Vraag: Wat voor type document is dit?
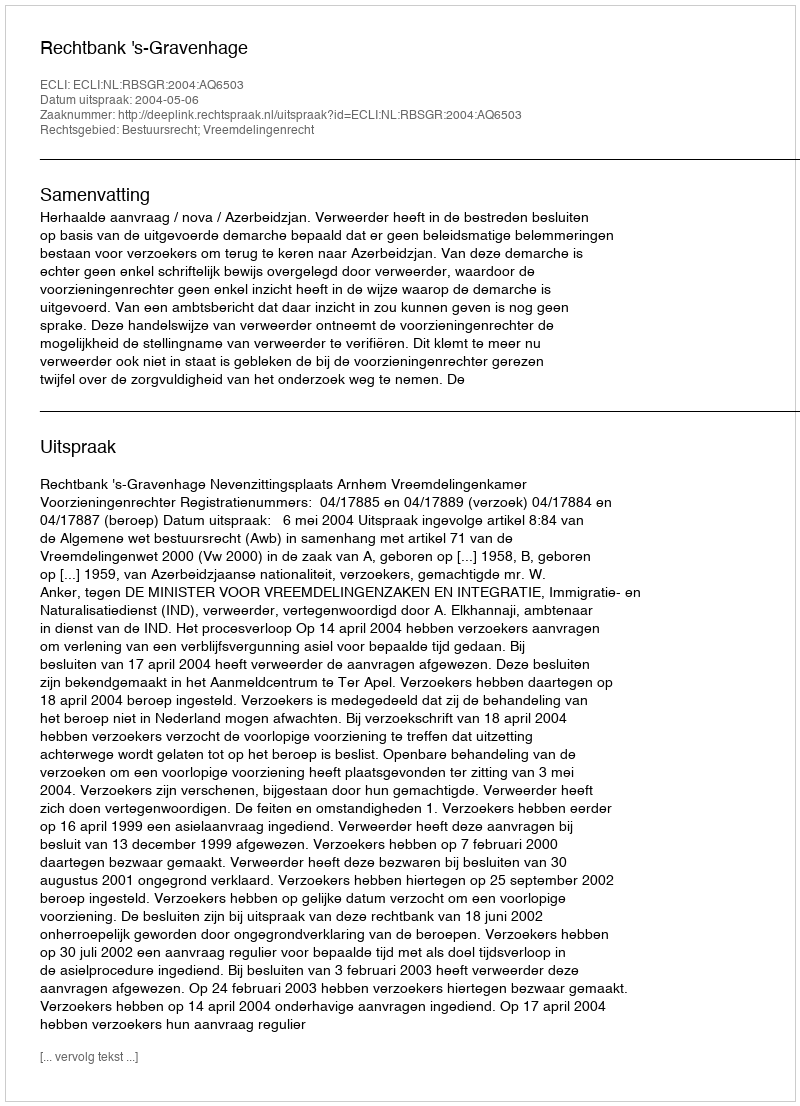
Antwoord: Uitspraak